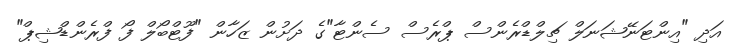
އަދި "އިންޓަނޭޝަނަލް ޗިލްޑްރެންސް ޕްރެސް ސެންޓާ"ގެ ދަށުން ޒަހާން "ފޫޓްބޯލް ފޯ ފްރެންޑްޝިޕް"